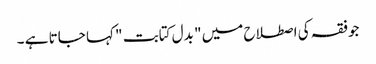
جوفقہ کی اصطلاح میں " بدل کتابت " کہا جاتا ہے ۔